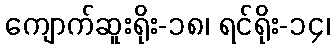
ကျောက်ဆူးရိုး-၁၈၊ ရင်ရိုး-၁၄၊